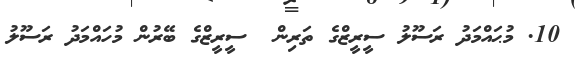
10. މުޙައްމަދު ރަސޫލު ސީރީޒްގެ ތަރިން  ސީރީޒްގެ ބޭރުން މުހައްމަދު ރަސޫލު